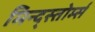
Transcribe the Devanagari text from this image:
मिन्द्स्तोर्म्स